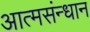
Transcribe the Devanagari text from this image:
आत्मसंन्धान